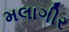
મલાગીર